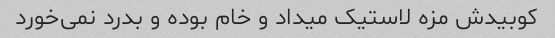
کوبیدش مزه لاستیک میداد و خام بوده و بدرد نمی‌خورد